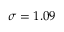
\sigma = 1 . 0 9